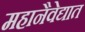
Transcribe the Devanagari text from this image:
महानैवेद्यात